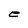
Character: e